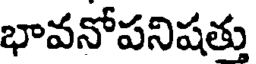
భావనోపనిషత్తు